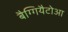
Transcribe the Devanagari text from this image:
बैग्गियैटोआ